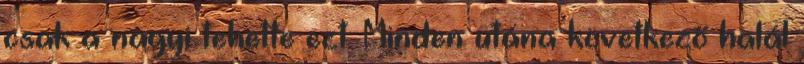
csak a nagyi tehette ezt. Minden utána következő halál